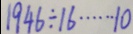
1 9 4 6 \div 1 6 \cdots 1 0